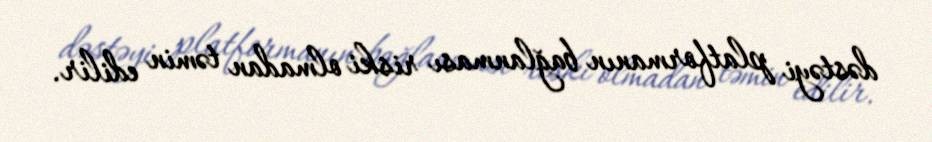
dəstəyi platformanın bağlanması riski olmadan təmin edilir.